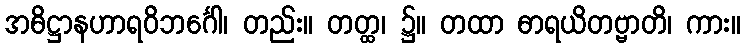
အဓိဋ္ဌာနဟာရဝိဘင်္ဂေါ၊ တည်း။ တတ္ထ၊ ၌။ တထာ ဓာရယိတဗ္ဗာတိ၊ ကား။